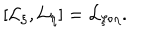
LaTeX: [ { \cal L } _ { \xi } , { \cal L } _ { \eta } ] = { \cal L } _ { \xi \circ \eta } .